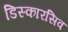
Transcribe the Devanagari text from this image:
डिस्कारसिव